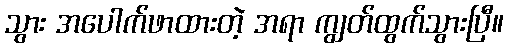
သွား အပေါက်ဖာထားတဲ့ အရာ ကျွတ်ထွက်သွားပြီ။